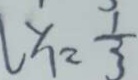
y _ { 1 } = \frac { 1 } { 3 }